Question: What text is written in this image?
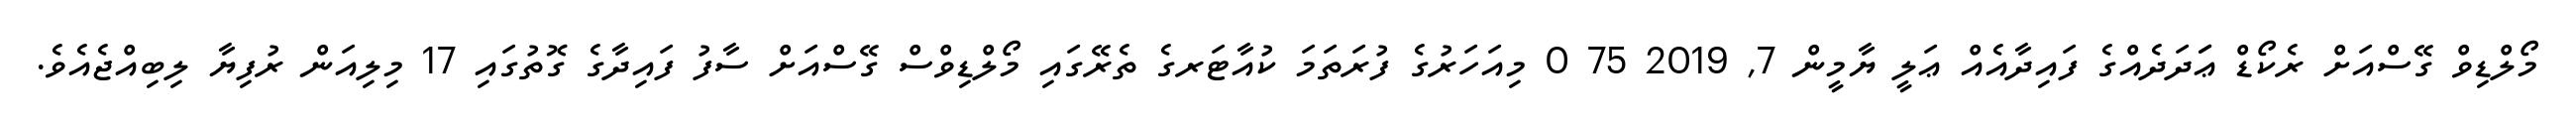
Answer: މޯލްޑިވް ގޭސްއަށް ރެކޯޑް ޢަަދަދެއްގެ ފައިދާއެއް ޢަލީ ޔާމީން 7, 2019 75 0 މިއަހަރުގެ ފުރަތަމަ ކުއާޓަރގެ ތެރޭގައި މޯލްޑިވްސް ގޭސްއަށް ސާފު ފައިދާގެ ގޮތުގައި 17 މިލިއަން ރުފިޔާ ލިބިއްޖެއެވެ.